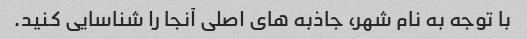
با توجه به نام شهر، جاذبه های اصلی آنجا را شناسایی کنید.